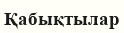
Қабықтылар